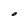
Character: O